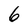
Character: 6